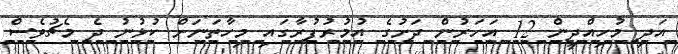
އަދި މުހިއްދީން 12 އަހަރުން ދަށުގެ އުމުރުފުރާގައި މިހާތަނަށް ކުޅުނު ދެ މެޗުވެސް